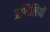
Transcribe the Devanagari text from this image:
प्रणिलियों